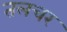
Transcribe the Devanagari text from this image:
तलचर